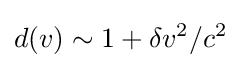
d(v)\sim 1+\delta v^{2}/c^{2}